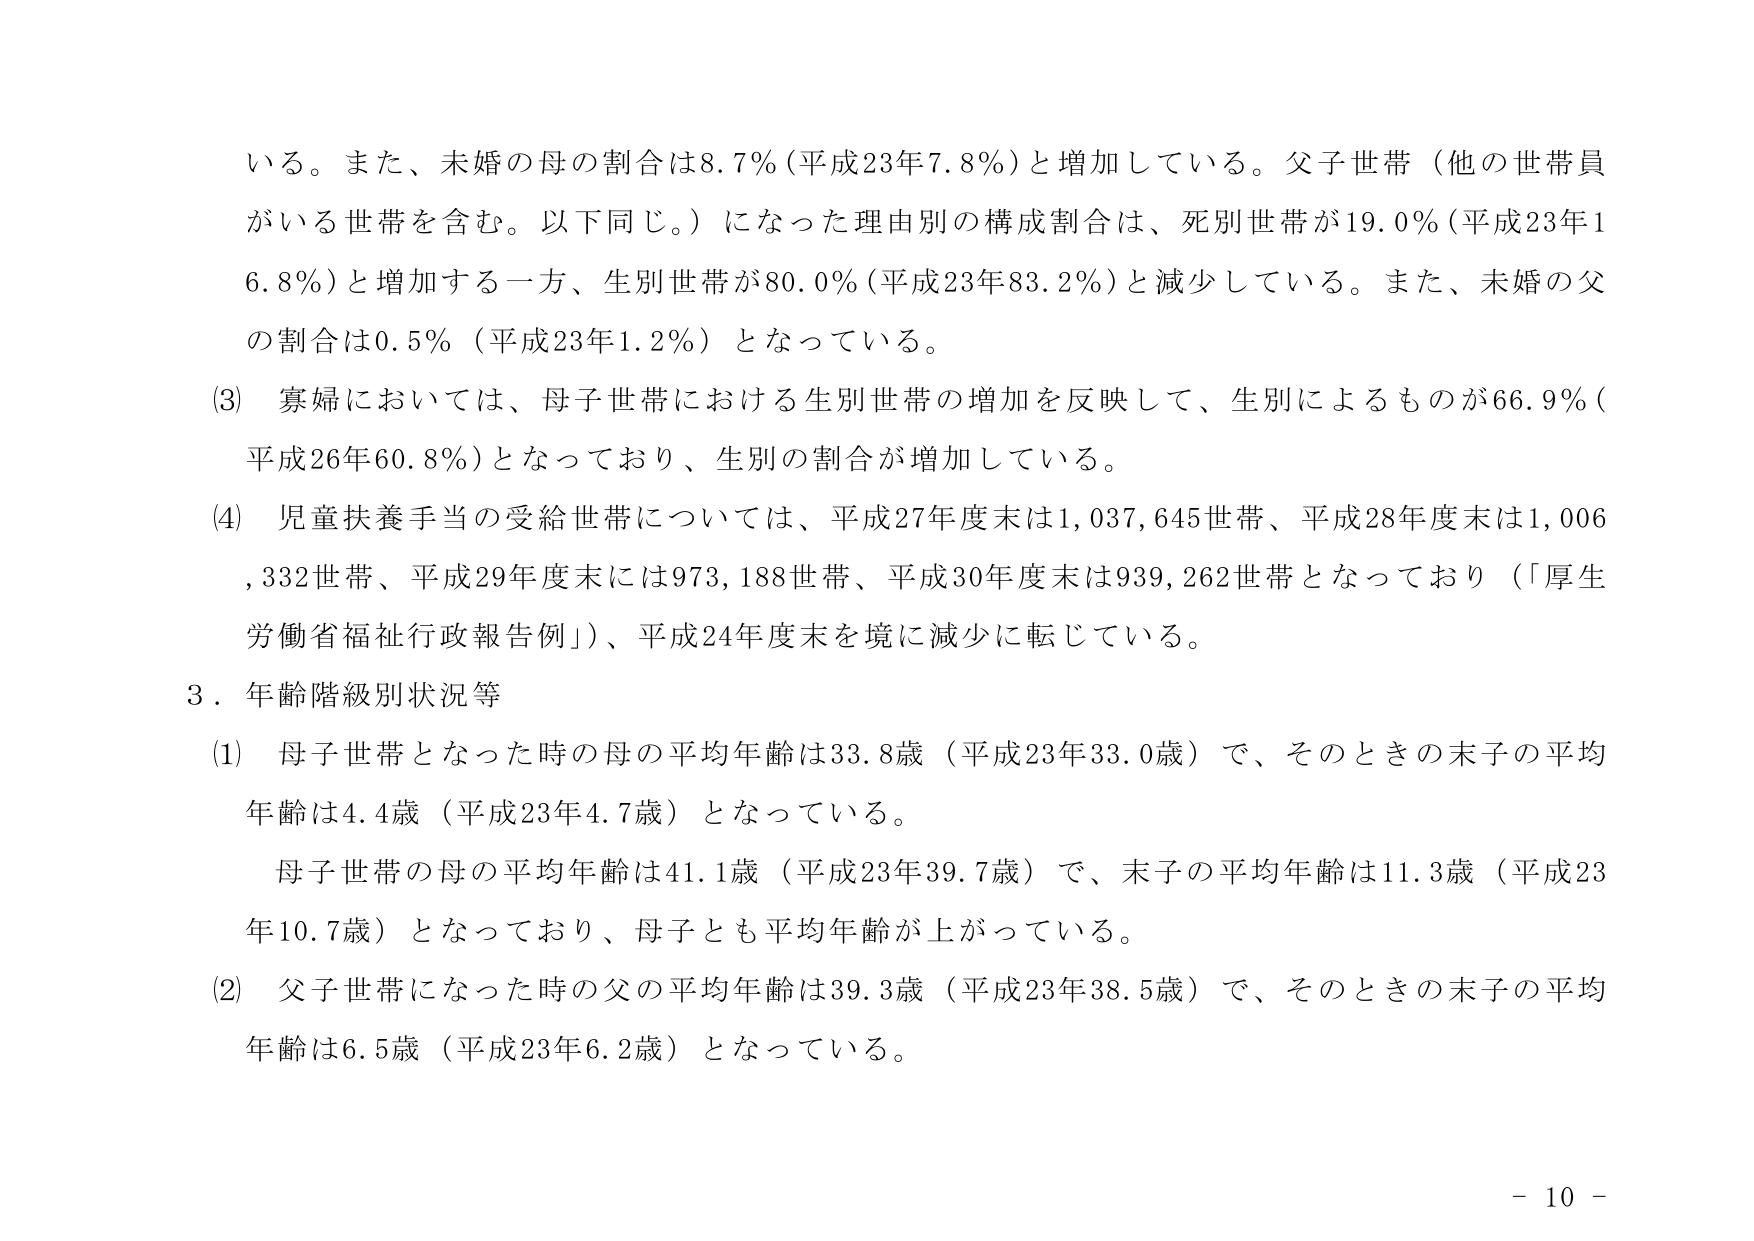
いる。また、未婚の母の割合は8.7％（平成23年7.8％）と増加している。父子世帯（他の世帯員がいる世帯を含む。以下同じ。）になった理由別の構成割合は、死別世帯が19.0％（平成23年16.8％）と増加する一方、生別世帯が80.0％（平成23年83.2％）と減少している。また、未婚の父の割合は0.5％（平成23年1.2％）となっている。

(3) 寡婦においては、母子世帯における生別世帯の増加を反映して、生別によるものが66.9％（平成26年60.8％）となっており、生別の割合が増加している。

(4) 児童扶養手当の受給世帯については、平成27年度末は1,037,645世帯、平成28年度末は1,006,332世帯、平成29年度末には973,188世帯、平成30年度末は939,262世帯となっており（「厚生労働省福祉行政報告例」）、平成24年度末を境に減少に転じている。

3．年齢階級別状況等

(1) 母子世帯となった時の母の平均年齢は33.8歳（平成23年33.0歳）で、そのときの末子の平均年齢は4.4歳（平成23年4.7歳）となっている。

母子世帯の母の平均年齢は41.1歳（平成23年39.7歳）で、末子の平均年齢は11.3歳（平成23年10.7歳）となっており、母子とも平均年齢が上がっている。

(2) 父子世帯になった時の父の平均年齢は39.3歳（平成23年38.5歳）で、そのときの末子の平均年齢は6.5歳（平成23年6.2歳）となっている。

- 10 -